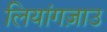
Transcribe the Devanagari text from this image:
लियांगज़ाउ